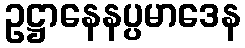
ဥဋ္ဌာနေနပ္ပမာဒေန